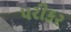
પરીકર